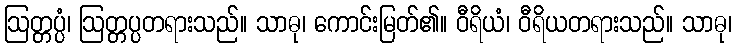
ဩတ္တပ္ပံ၊ ဩတ္တပ္ပတရားသည်။ သာဓု၊ ကောင်းမြတ်၏။ ဝီရိယံ၊ ဝီရိယတရားသည်။ သာဓု၊